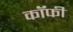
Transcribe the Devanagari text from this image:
कॉॅफी